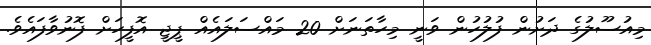
މިއުސޫލުގެ ދަށުން ފުލުހުން ވަނީ މިހާތަނަށް 20 މައްސަލައެއް ޕީޖީ އޮފީހަށް ފޮނުވާފައެވެ.